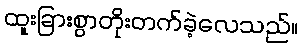
ထူးခြားစွာတိုးတက်ခဲ့လေသည်။